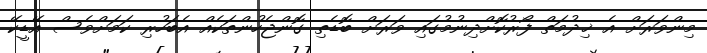
މިންވަރަށް އެ ޚިދުމަތް ފޯރުކޮށްދިނުމުގައި ވަރަށް ބޮޑެތި ގޮންޖެހުންތަކެއް އެބަހުރި ކަމަށްވެސް އޭޑީކޭ